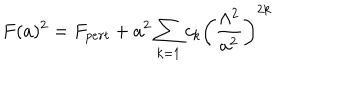
LaTeX: F ( a ) ^ { 2 } = F _ { p e r t } + a ^ { 2 } \sum _ { k = 1 } c _ { k } \left( \frac { \Lambda ^ { 2 } } { a ^ { 2 } } \right) ^ { 2 k }